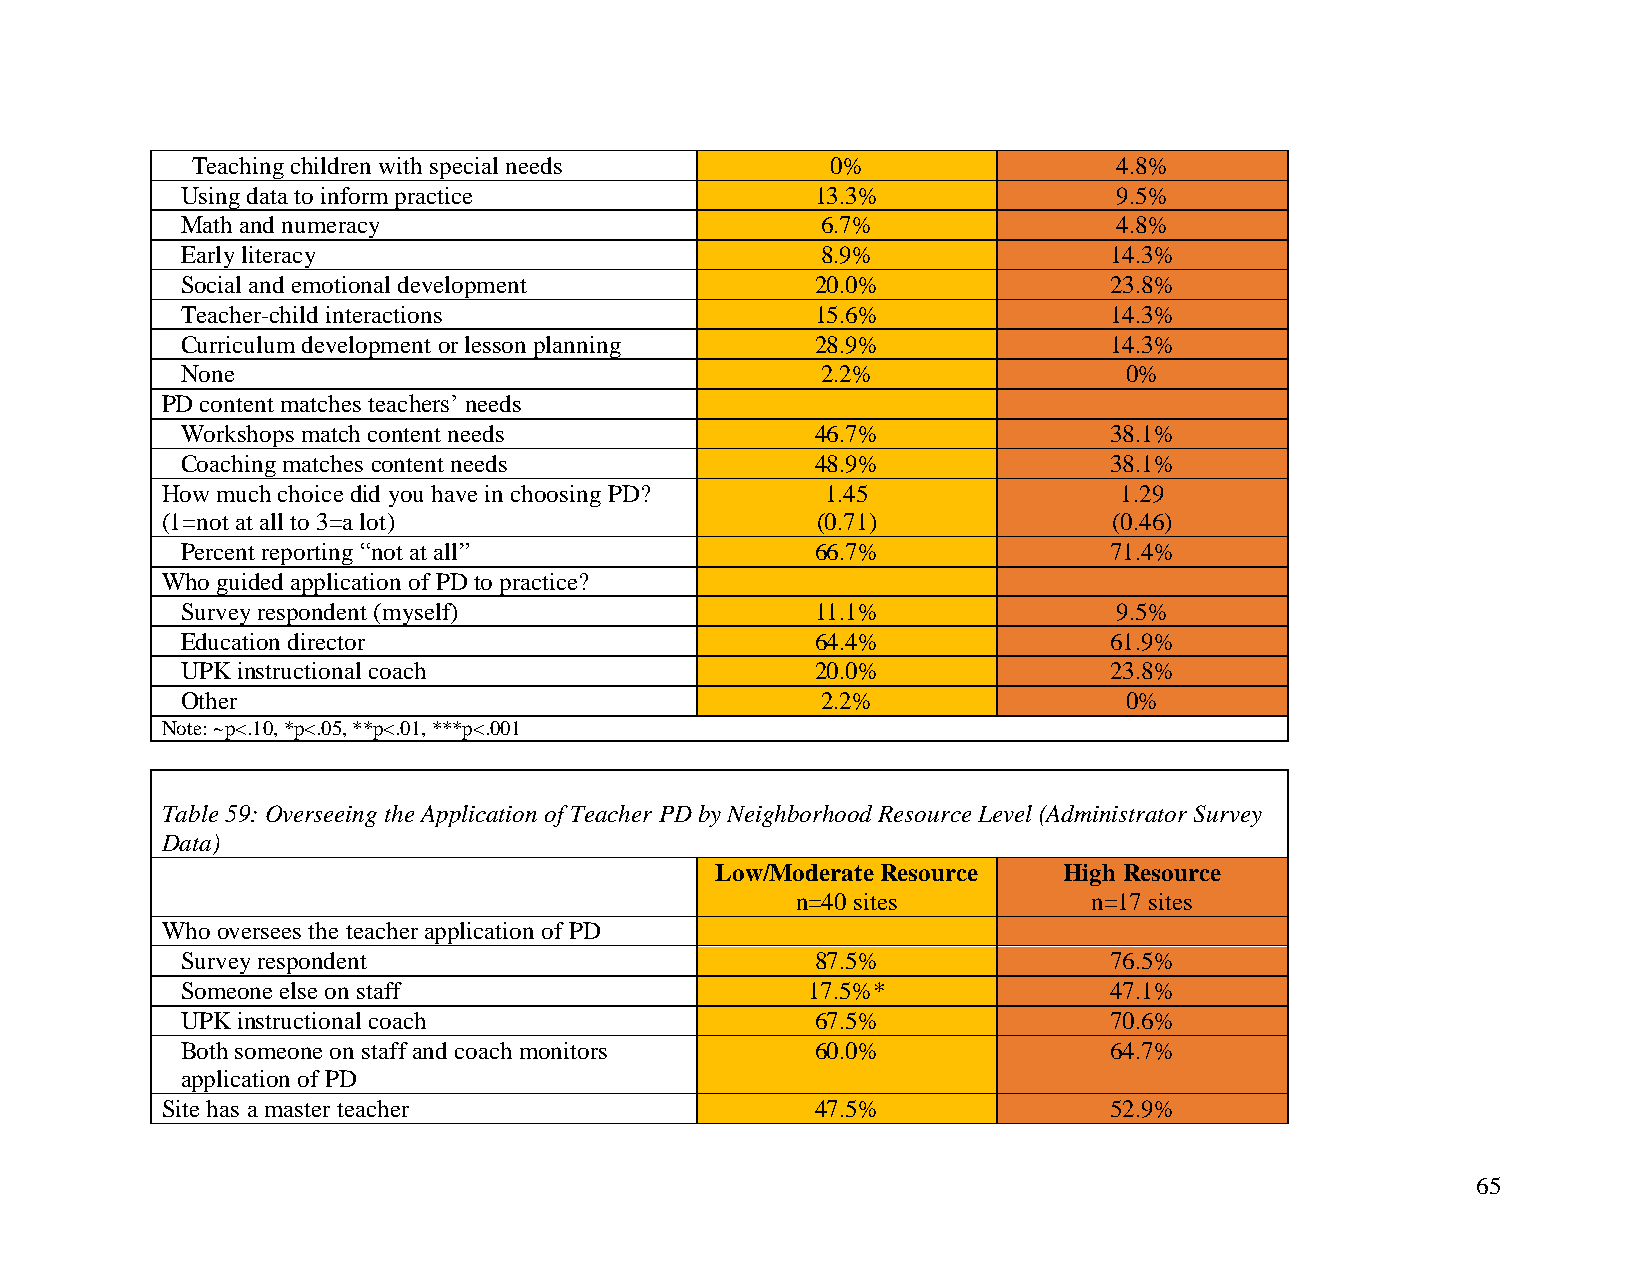
Teaching children with special needs      0%                 4.8%
 Using data to inform practice             13.3%               9.5%
 Math and numeracy                         6.7%                4.8%
 Early literacy                            8.9%               14.3%
 Social and emotional development          20.0%              23.8%
 Teacher-child interactions                15.6%              14.3%
 Curriculum development or lesson planning 28.9%              14.3%
 None                                      2.2%                0%
 PD content matches teachers’ needs
 Workshops match content needs             46.7%              38.1%
 Coaching matches content needs            48.9%              38.1%
 How much choice did you have in choosing PD? 1.45              1.29
 (1=not at all to 3=a lot)                  (0.71)              (0.46)
 Percent reporting “not at all”            66.7%              71.4%
 Who guided application of PD to practice?
 Survey respondent (myself)                11.1%               9.5%
 Education director                        64.4%              61.9%
 UPK instructional coach                   20.0%              23.8%
 Other                                     2.2%                0%
 Note: ~p<.10, *p<.05, **p<.01, ***p<.001
 Table 59: Overseeing the Application of Teacher PD by Neighborhood Resource Level (Administrator Survey
 Data)
 Low/Moderate Resource  High Resource
 n=40 sites         n=17 sites
 Who oversees the teacher application of PD
 Survey respondent                         87.5%              76.5%
 Someone else on staff                    17.5%*              47.1%
 UPK instructional coach                   67.5%              70.6%
 Both someone on staff and coach monitors  60.0%              64.7%
 application of PD
 Site has a master teacher                  47.5%              52.9%
 65